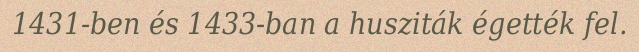
1431-ben és 1433-ban a husziták égették fel.